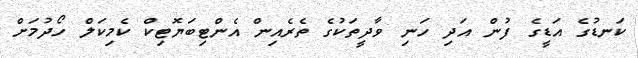
ކަނޑުގެ އަޑީގެ ފުން އަދި ހަނި ވާދީތަކުގެ ތެރެއިން އެންޓިބަޔޮޓިކް ކެމިކަލް ހޯދުމަށް